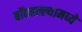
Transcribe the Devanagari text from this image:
बॉबहल्ल्यामध्ये